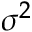
\sigma ^ { 2 }